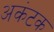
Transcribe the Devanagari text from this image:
अकंटक